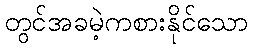
တွင်အခမဲ့ကစားနိုင်သော